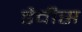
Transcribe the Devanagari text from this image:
डैवीस